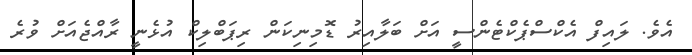
އެވެ. ލައިފް އެކްސްޕެކްޓެންސީ އަށް ބަލާއިރު ޑޮމިނިކަން ރިޕަބްލިކް އުޅެނީ ރާއްޖެއަށް ވުރެ